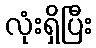
လုံးရှိပြီး